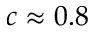
c \approx 0 . 8